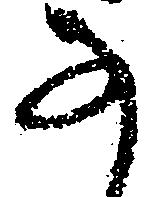
な